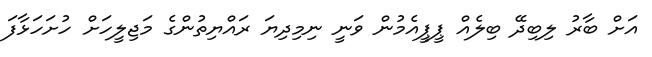
އަށް ބާރު ލިބިދޭ ބިލެއް ޕީޕީއެމުން ވަނީ ނިމިދިޔަ ރައްޔިތުންގެ މަޖިލީހަށް ހުށަހަޅާފަ